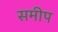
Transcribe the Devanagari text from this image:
समीप